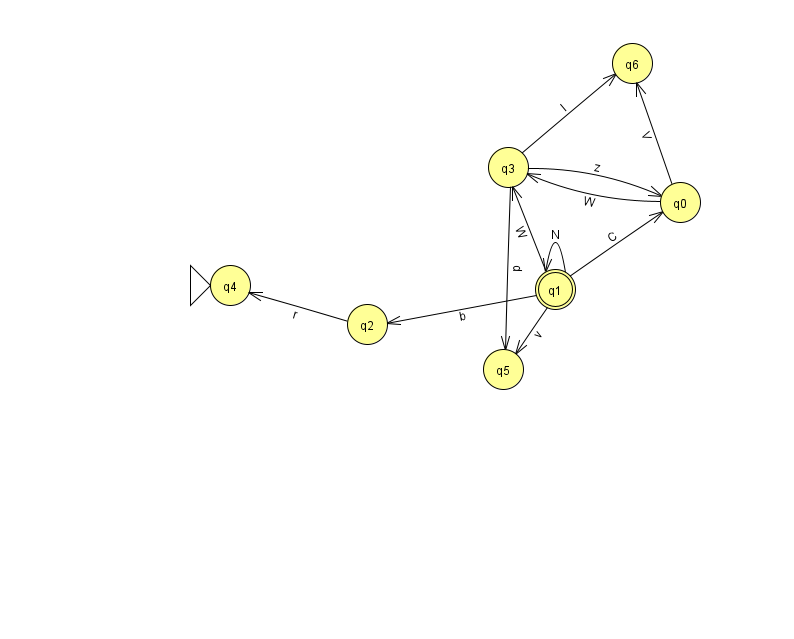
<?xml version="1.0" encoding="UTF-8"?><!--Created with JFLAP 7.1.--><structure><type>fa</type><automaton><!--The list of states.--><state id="0" name="q0"><x>680.0</x><y>189.0</y></state><state id="1" name="q1"><x>555.0</x><y>276.0</y><final/></state><state id="2" name="q2"><x>367.0</x><y>311.0</y></state><state id="3" name="q3"><x>508.0</x><y>154.0</y></state><state id="4" name="q4"><x>230.0</x><y>272.0</y><initial/></state><state id="5" name="q5"><x>503.0</x><y>356.0</y></state><state id="6" name="q6"><x>632.0</x><y>50.0</y></state><!--The list of transitions.--><transition><from>1</from><to>5</to><read>v</read></transition><transition><from>0</from><to>6</to><read>V</read></transition><transition><from>0</from><to>3</to><read>W</read></transition><transition><from>2</from><to>4</to><read>r</read></transition><transition><from>1</from><to>0</to><read>C</read></transition><transition><from>3</from><to>0</to><read>z</read></transition><transition><from>1</from><to>2</to><read>b</read></transition><transition><from>3</from><to>5</to><read>p</read></transition><transition><from>1</from><to>1</to><read>N</read></transition><transition><from>1</from><to>3</to><read>W</read></transition><transition><from>3</from><to>6</to><read>I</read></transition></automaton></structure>